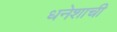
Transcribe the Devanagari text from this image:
धनेशाची